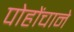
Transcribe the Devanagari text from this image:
पोहोंचाने